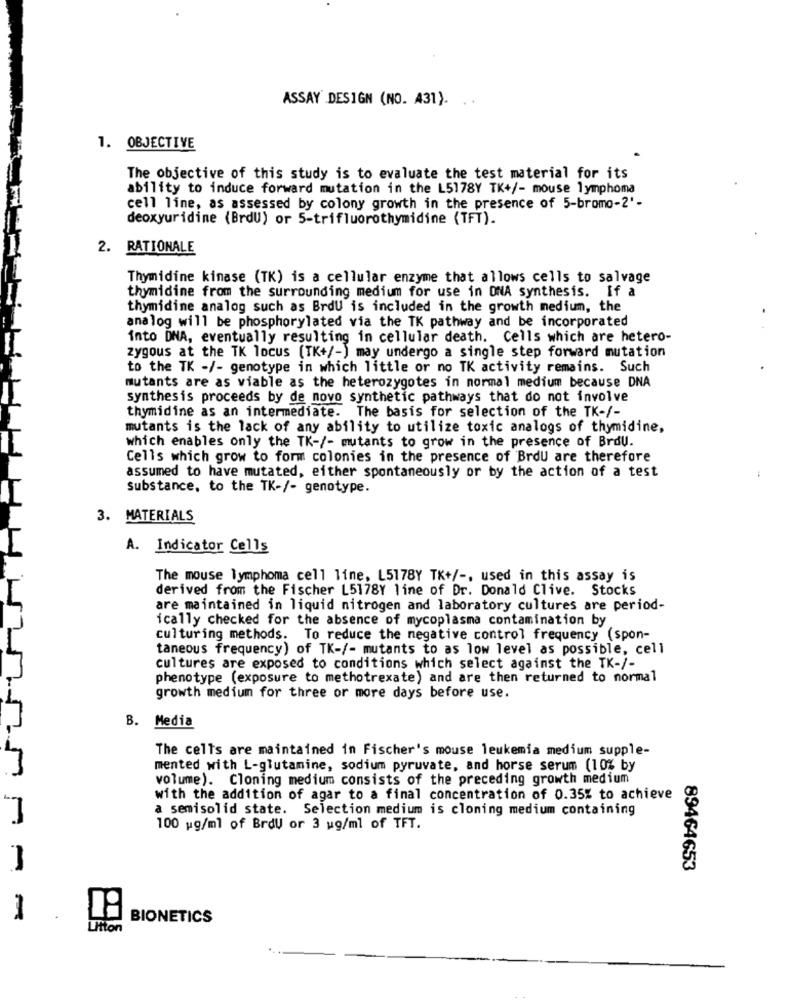
ASSAY DESIGN (NO. 431).
1. OBJECTIVE
The objective of this study is to evaluate the test material for its
ability to induce forward mutation in the L5178Y TK+/- mouse lymphoma
cell line, as assessed by colony growth in the presence of 5-bromo-2'-
deoxyuridine (BrdU) or 5-trifluorothymidine (TFT).
2. RATIONALE
Thymidine kinase (TK) is a cellular enzyme that allows cells to salvage
thymidine from the surrounding medium for use in ONA synthesis. If a
thymidine analog such as BrdU is included in the growth medium, the
analog will be phosphorylated via the TK pathway and be incorporated
into DNA, eventually resulting in cellular death. Cells which are hetero-
zygous at the TK locus (TK+/-) may undergo a single step forward mutation
to the TK -/- genotype in which little or no TK activity remains. Such
mutants are as viable as the heterozygotes in normal medium because DNA
synthesis proceeds by de novo synthetic pathways that do not involve
thymidine as an intermediate. The basis for selection of the TK-/-
mutants is the lack of any ability to utilize toxic analogs of thymidine,
which enables only the TK-/- mutants to grow in the presence of Brou.
Cells which grow to form colonies in the presence of BrdU are therefore
assumed to have mutated, either spontaneously or by the action of a test
Substance, to the TK-/- genotype.
3. MATERIALS
A. Indicator Cells
The mouse lymphoma cell line, L5178Y TK+/ -, used in this assay is
derived from the Fischer L5178Y line of Dr. Donald Clive. Stocks
are maintained in liquid nitrogen and laboratory cultures are period-
ically checked for the absence of mycoplasma contamination by
culturing methods. To reduce the negative control frequency (spon-
taneous frequency) of TK-/- mutants to as low level as possible, cell
cultures are exposed to conditions which select against the TK-/-
phenotype (exposure to methotrexate) and are then returned to normal
growth medium for three or more days before use.
B. Media
The cells are maintained in Fischer's mouse leukemia medium supple-
mented with L-glutamine, sodium pyruvate, and horse serum (10% by
volume). Cloning medium consists of the preceding growth medium
with the addition of agar to a final concentration of 0.35% to achieve
a semisolid state. Selection medium is cloning medium containing
100 ug/ml of BrdU or 3 ug/ml of TFT.
-
89464653
1
BIONETICS
Litton